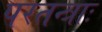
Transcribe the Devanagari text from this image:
परतन्त्राः